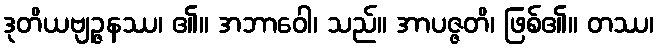
ဒုတိယဗျဉ္ဇနဿ၊ ၏။ အဘာဝေါ၊ သည်။ အာပဇ္ဇတိ၊ ဖြစ်၏။ တဿ၊